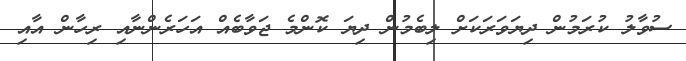
ސުވާލު ކުރަމުން ދިޔަވަރަކަށް ލިބެމުން ދިޔަ ކޮންމެ ޖަވާބެއް އަހަރެންނާއި ރިހާން އާއި